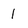
Character: l